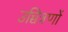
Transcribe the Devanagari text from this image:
उच्चित्रणों